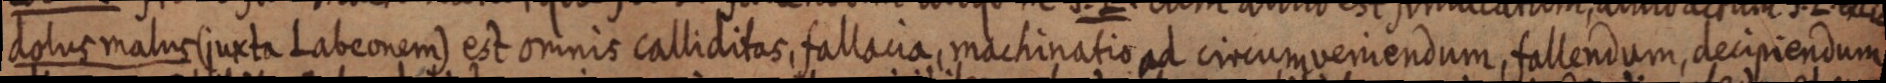
dolus malus (juxta Labeonem) est omnis calliditas, fallacia, machinatio ad circum veniendum, fallendum, decipiendum